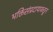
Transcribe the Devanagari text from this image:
भक्तिसंप्रदायाकडून